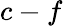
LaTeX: c-f